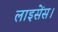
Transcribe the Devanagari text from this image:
लाइसेंस।